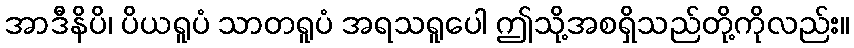
အာဒီနိပိ၊ ပိယရူပံ သာတရူပံ အရသရူပေါ ဤသို့အစရှိသည်တို့ကိုလည်း။